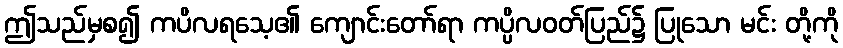
ဤသည်မှစ၍ ကပိလရသေ့၏ ကျောင်းတော်ရာ ကပ္ပိလဝတ်ပြည်၌ ပြုသော မင်း တို့ကို